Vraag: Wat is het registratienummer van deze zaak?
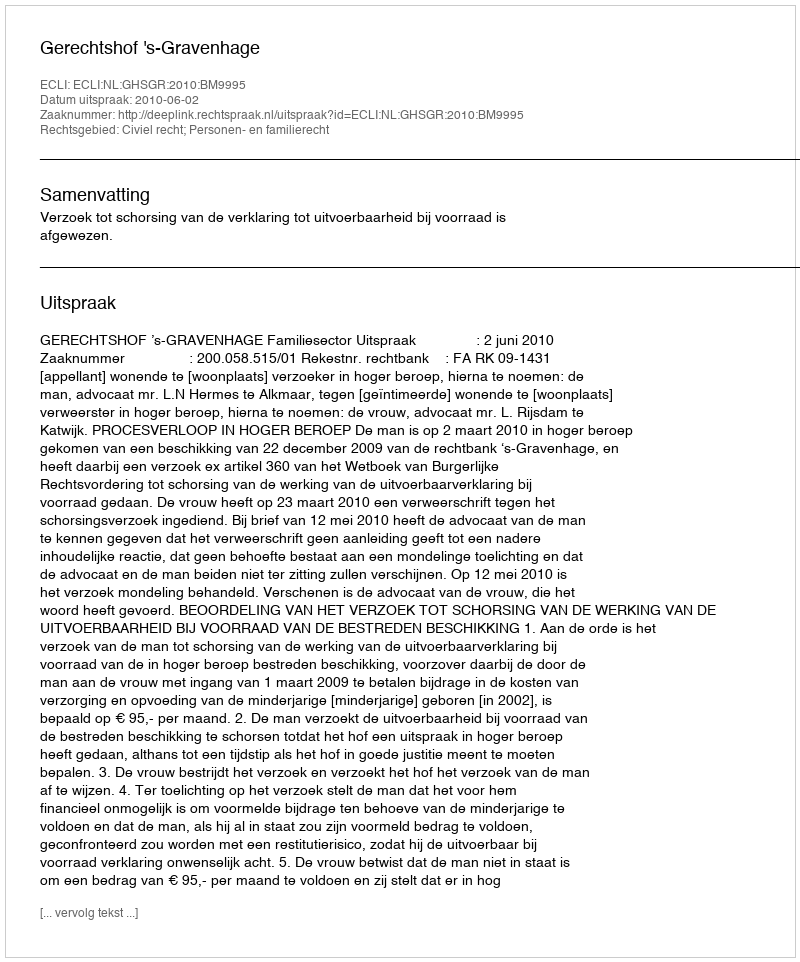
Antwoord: http://deeplink.rechtspraak.nl/uitspraak?id=ECLI:NL:GHSGR:2010:BM9995